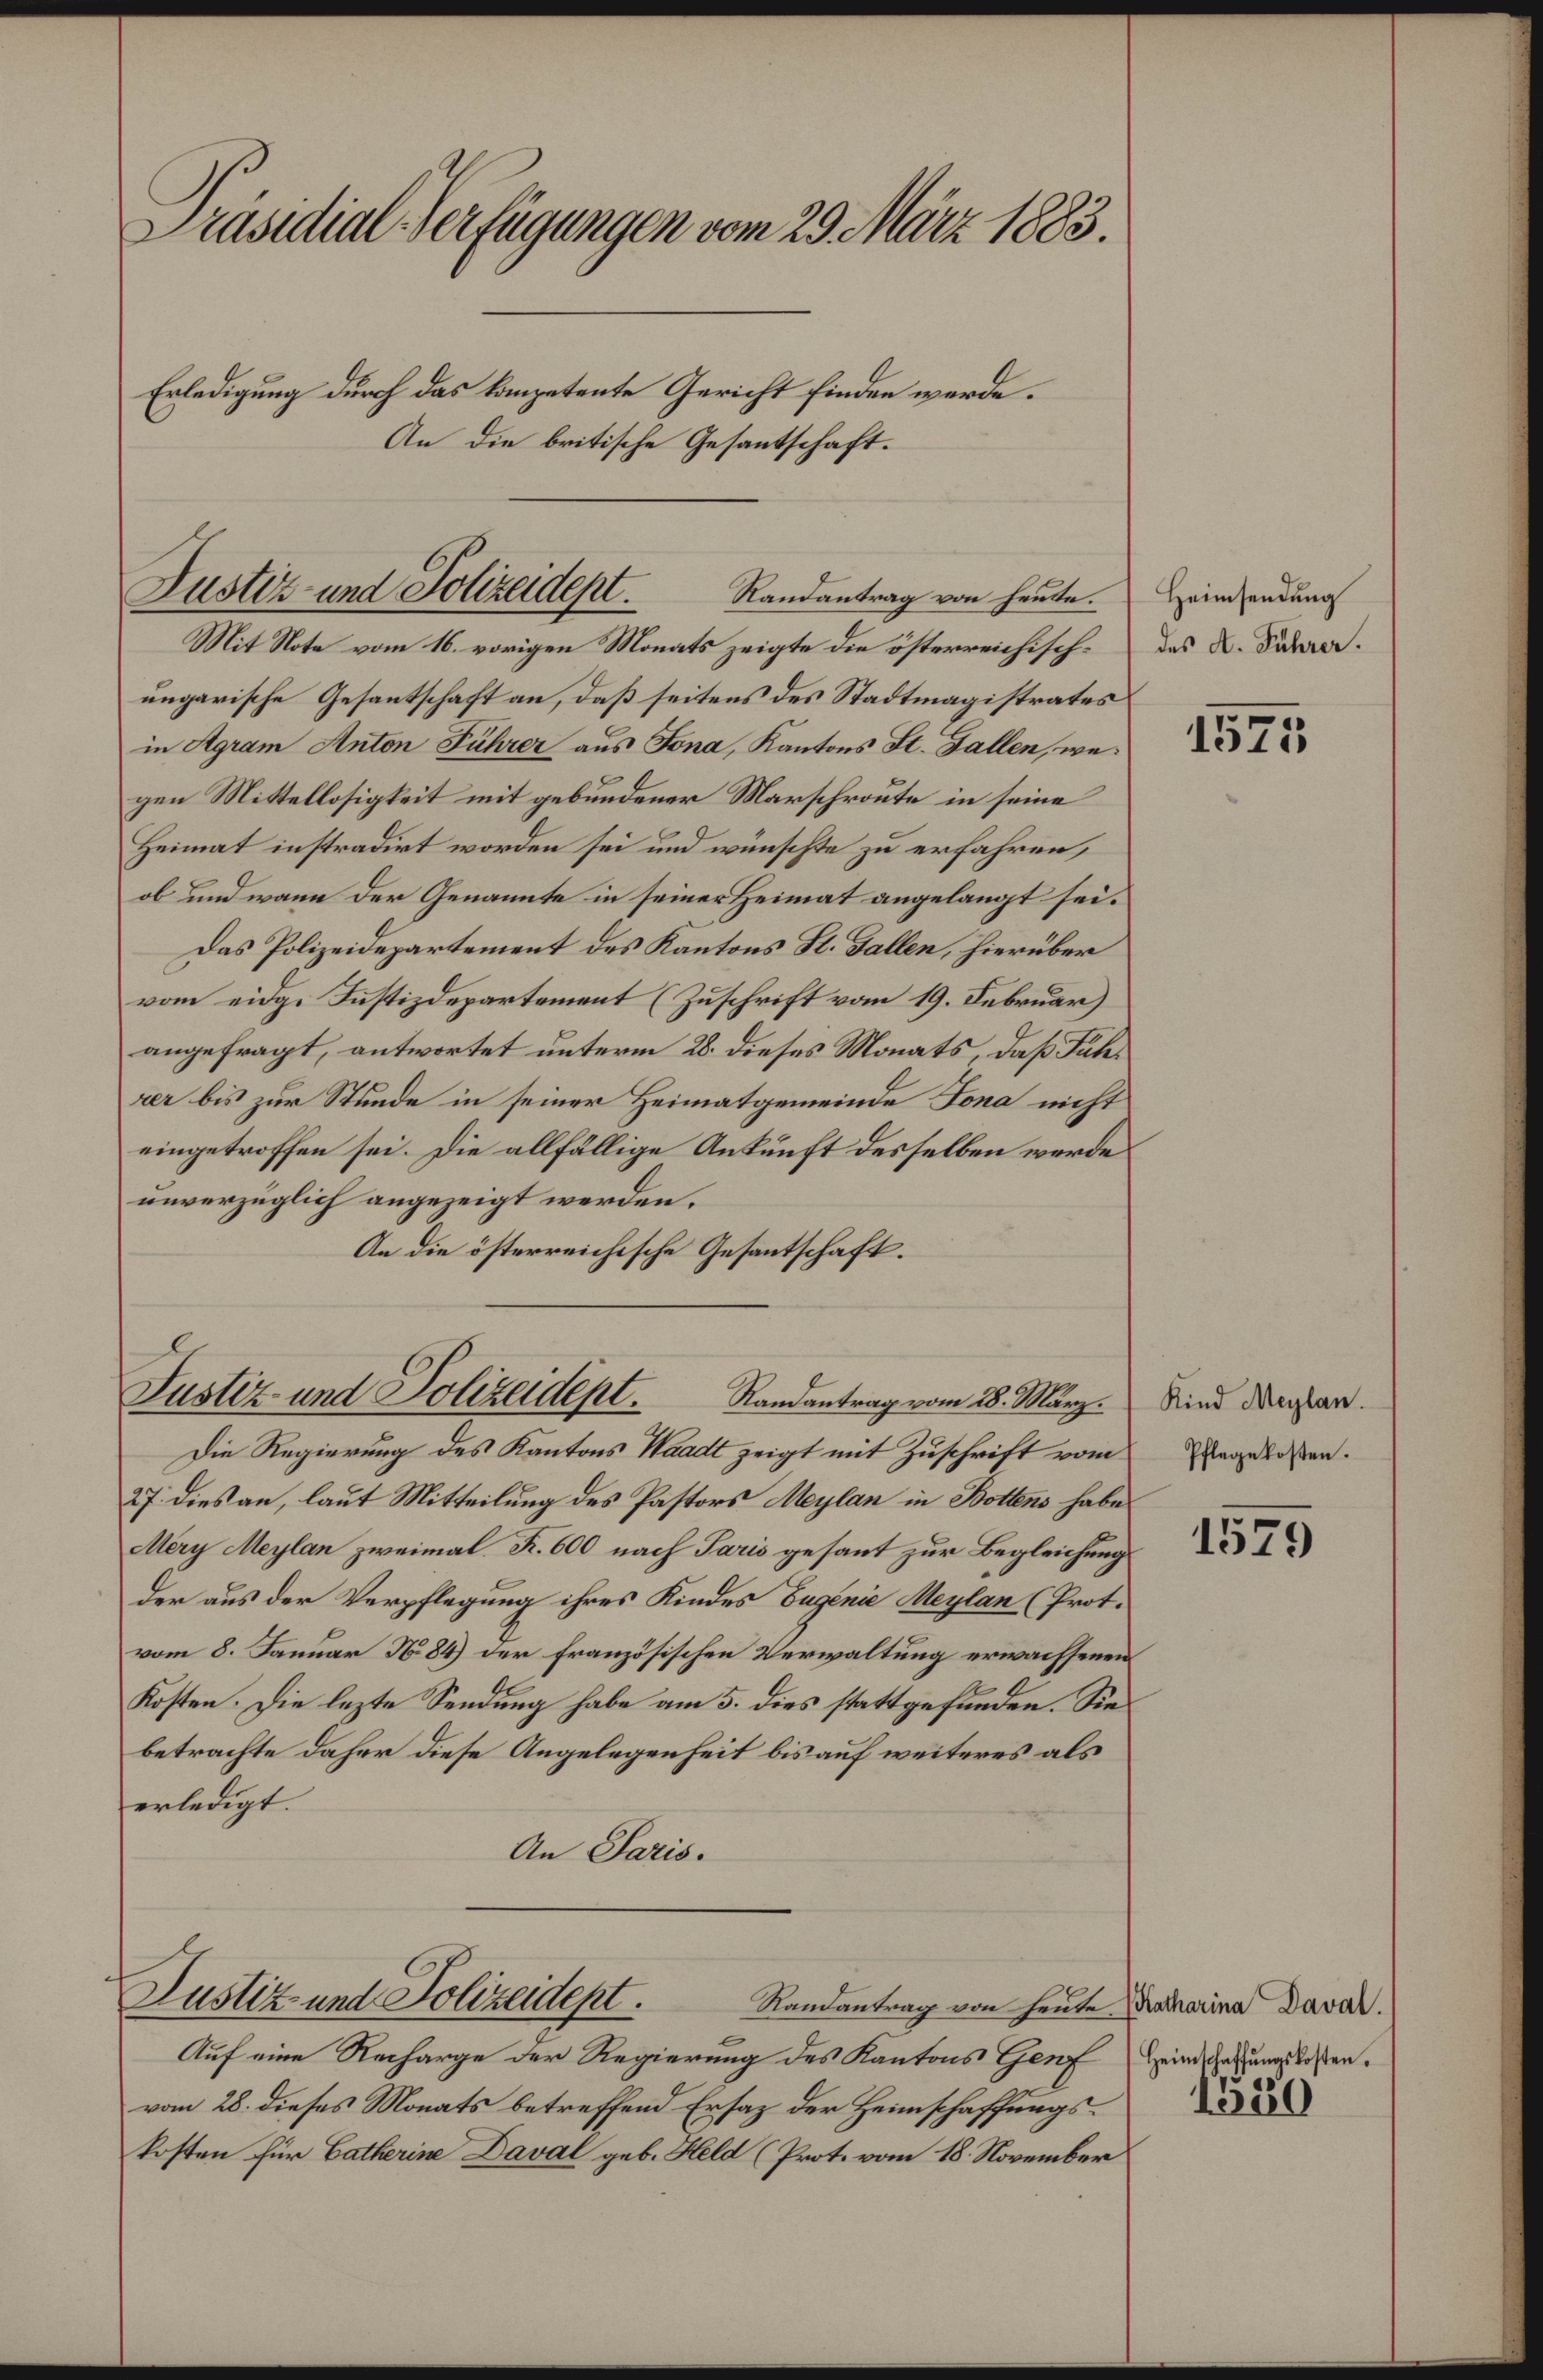
Präsidial-Verfügungen vom 29. März 1883.
Erledigung durch das kompetente Gericht finden werde.
An die britische Gesantschaft.

Justiz- und Polizeidept.
Randantrag von heute.

Mit Note vom 16. vorigen Monats zeigte die österreichischungarische Gesantschaft an, daß seitens des Stadtmagistrates
in Agram Anton Führer aus Jona, Kantons St. Gallen, wegen Mittellosigkeit mit gebundener Marschroute in seine
Heimat instradirt worden sei und wünschte zu erfahren,
ob und wann der Genannte in seiner Heimat angelangt sei.
Das Polizeidepartement des Kantons St. Gallen, hierüber
vom eidge Justizdepartement (Zuschrift vom 19. Februar)
angefragt, antwortet unterm 28. dieses Monats, daß Führer bis zur Stunde in seiner Heimatgemeinde Jona nicht
eingetroffen sei. Die allfällige Ankunft desselben werde
unverzüglich angezeigt werden.
An die österreichische Gesantschaft.

Justiz- und Polizeidept.
Randantrag vom 28. März.

Die Regierung des Kantons Waadt zeigt mit Zuschrift vom
27. dies an, laut Mitteilung des Pastors Meylan in Bottens habe
Mery Meylan zweimal. R. 600 nach Paris gesant zur Begleichung
der aus der Verpflegung ihres Kindes Eugenie Meylan (Prot.
vom 8. Januar N. 84) der französischen Verwaltung erwachsenen
Kosten. Die lezte Sendung habe am 5. dies stattgefunden. Sie
betrachte daher diese Angelegenheit bis auf weiteres als
erledigt.
An Paris.
Justiz und Polizeidept.
Randantrag von heute Katharina Daval.
Auf eine Recharge der Regierung des Kantons Genf Heinschaftung laßenvom 28. dieses Monats betreffend Ersatz der Heimschaffungskosten für Catherine Daval geb. Held (Prot. vom 18. November

Heimsendung
des A. Führer.

1575

Kind Meylan.
Pflegekosten.

1579

1520